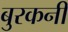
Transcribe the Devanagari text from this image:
बुरकनी